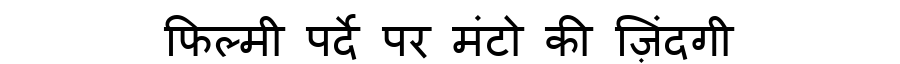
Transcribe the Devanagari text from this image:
फिल्मी पर्दे पर मंटो की ज़िंदगी